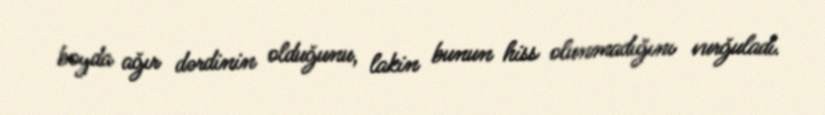
boyda ağır dərdinin olduğunu, lakin bunun hiss olunmadığını vurğuladı.